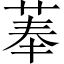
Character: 菶